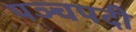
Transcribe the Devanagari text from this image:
पञ्चपदी